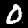
Digit: 0